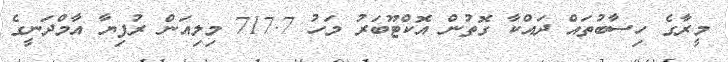
މީރާގެ ހިސާބުތައް ދައްކާ ގޮތުން އޮކްޓޫބަރު މަހު 717.7 މިލިއަން ރުފިޔާ އާމްދަނީގެ